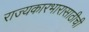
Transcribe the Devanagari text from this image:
राज्यकारभारासाठीची